Vaccine operations Central Provinces & Berar 1922-1929 - 1922-1929
Year: 1922
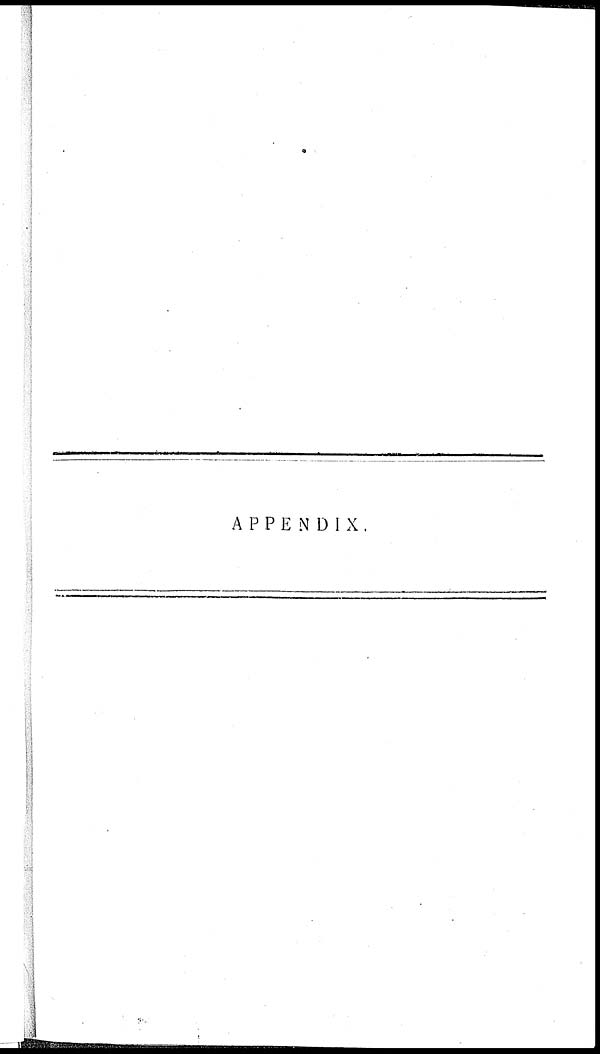
APPENDIX.